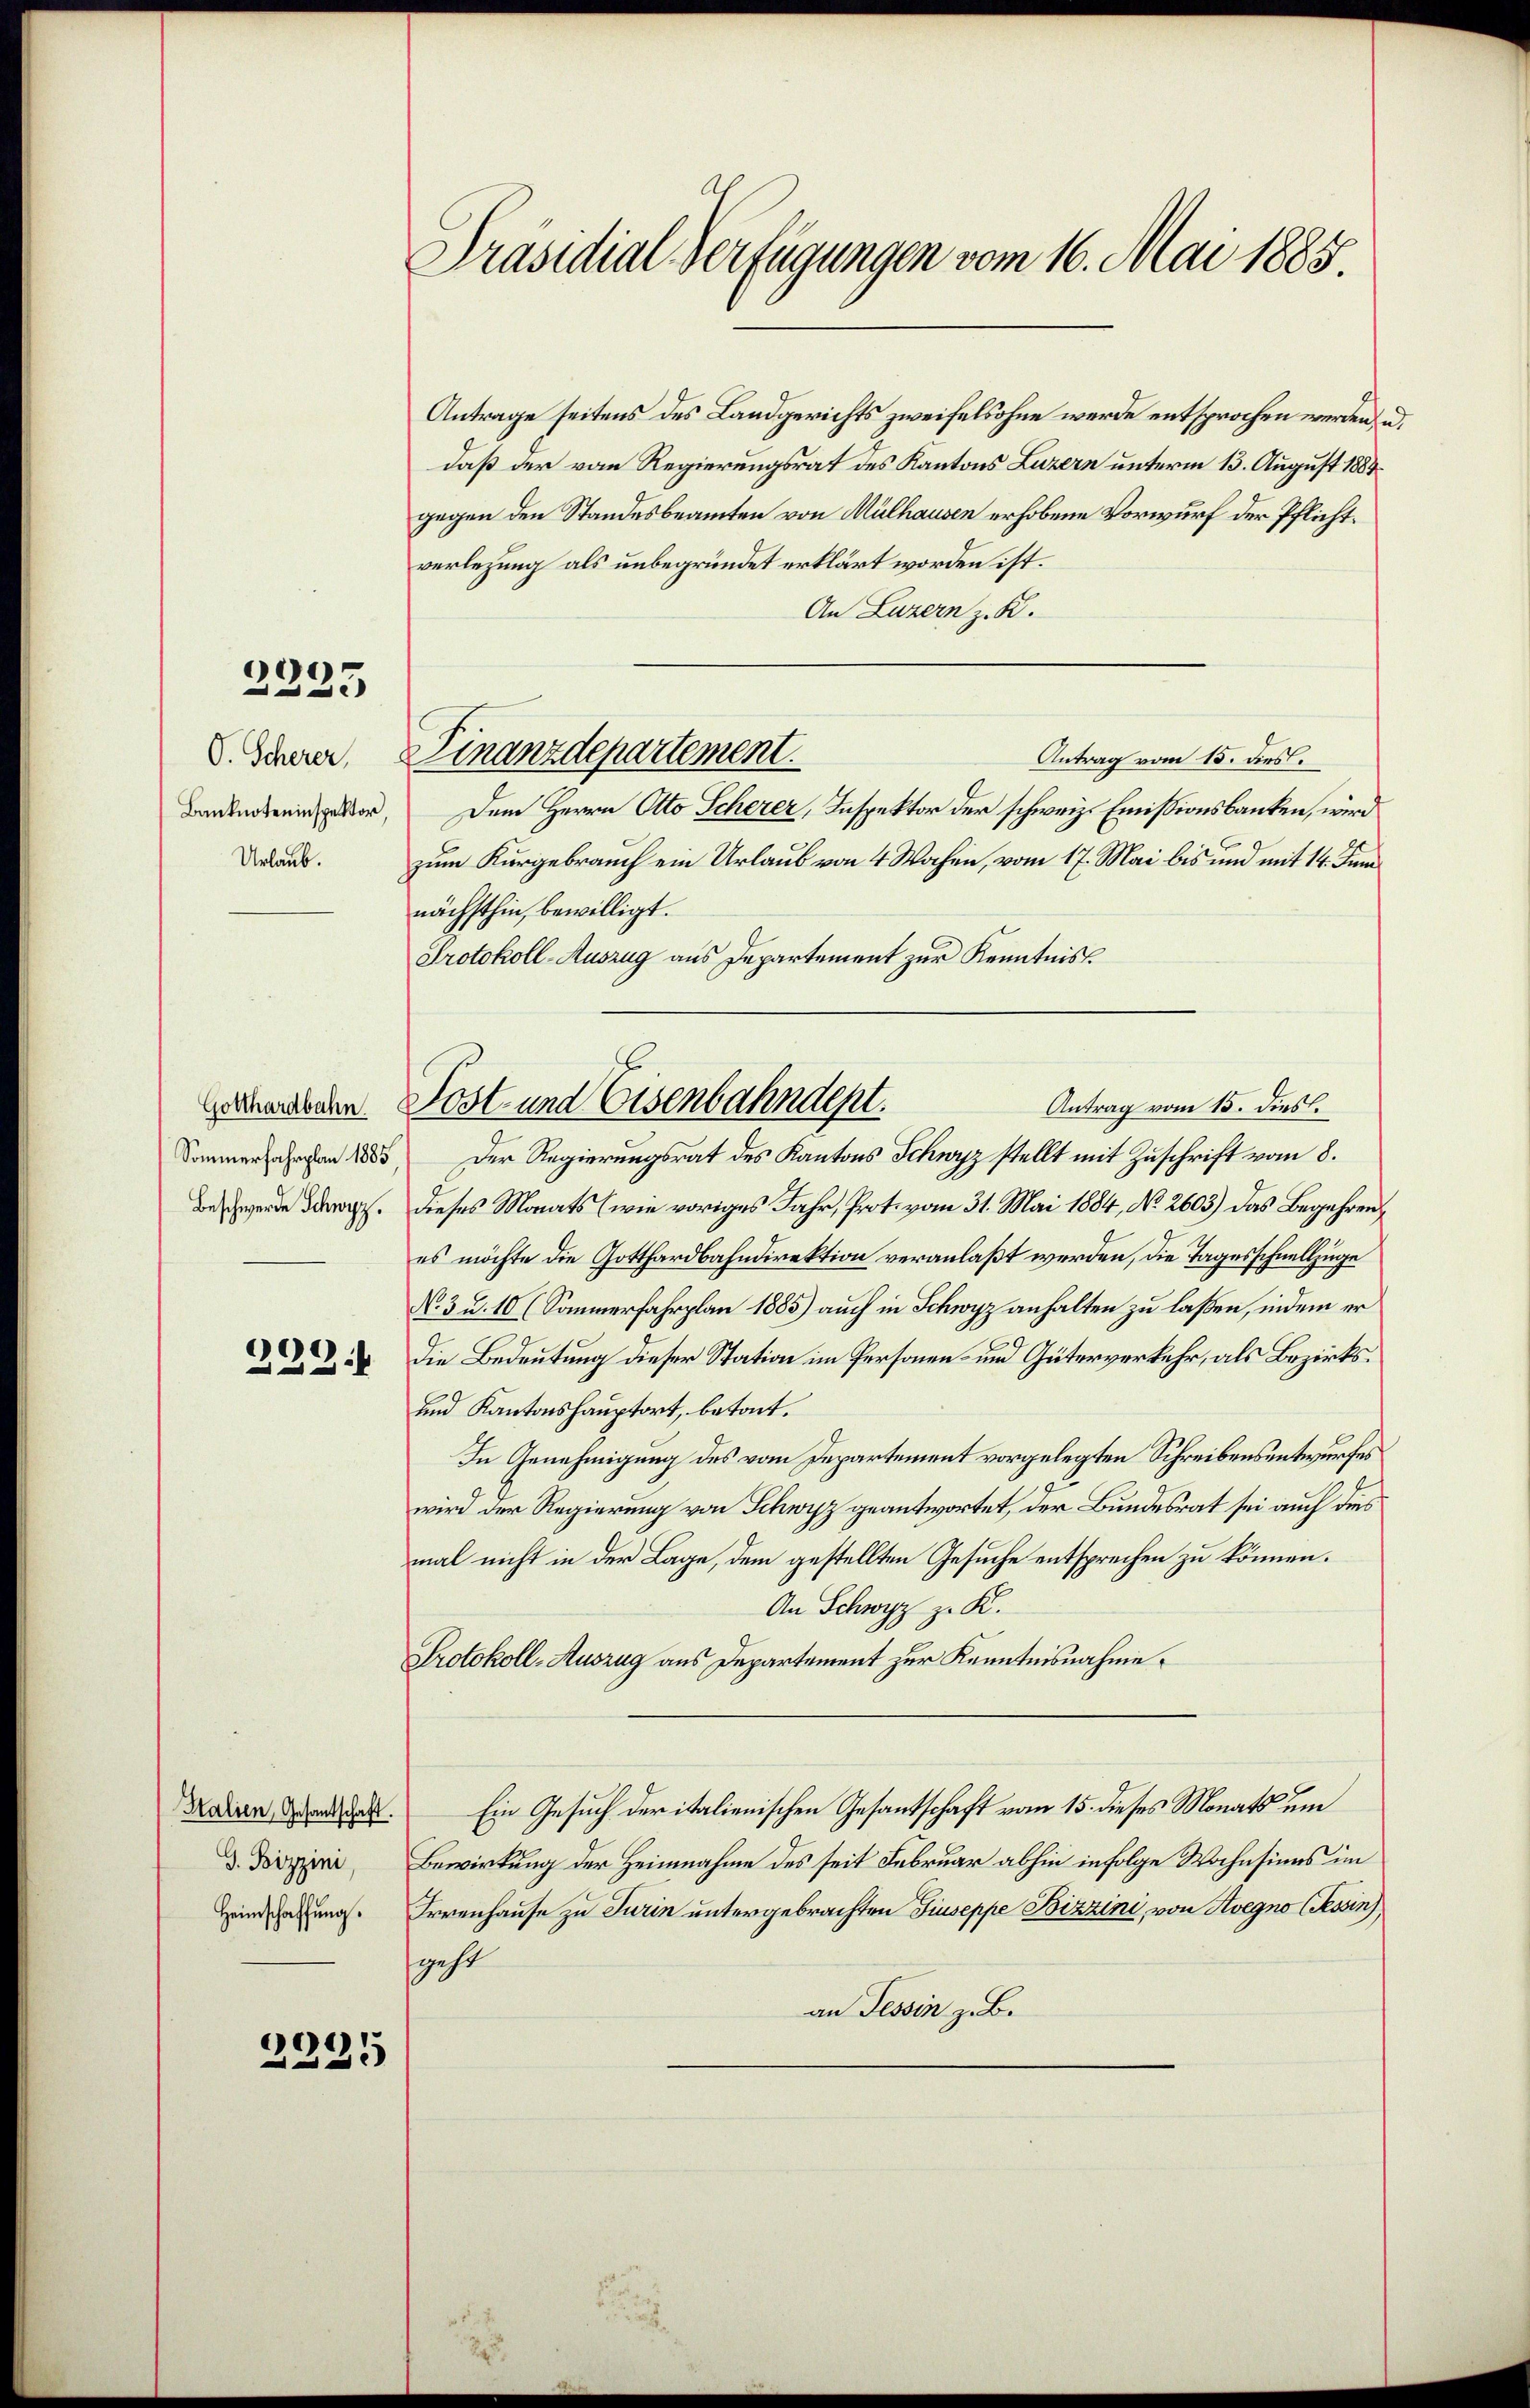
2223

V. Scherer
Banknoteninspektor,
Urlaub.

Sommerfahrplan 1885
Beschwerde Schwyz.

.

Halien, Gesantschaft.
G. Bizzini,
Heimschaffung.

2235

Präsidial-Verfügungen vom 16. Mai 1885.

Antrage seitens des Landgerichts zweifelsohne werde entsprochen werden.
daß der vom Regierungsrat des Kantons Luzern unterm 13. August 1884
gegen den Standesbeamten von Mülhausen erhobene Vorwurf der Pflichtverlegung als unbegründet erklärt worden ist.
An Luzern z. B.
Antrag vom 15. dies.
Dem Herrn Otto Scherer, Inspektor der schweiz. Emissionsbanken, wird
zum Kurgebrauch ein Urlaub von 4 Wochen, vom 17. Mai bis und mit 14. Juni
nächsthin, bewilligt.
Protokoll-Auszug aus Departement zur Kenntniss
Antrag vom 15. dies.
Der Regierungsrat des Kantons Schwyz stellt mit Zuschrift vom 8.
dieses Monats (wie voriges Jahr, Prot. vom 31. Mai 1884, No. 2603) das Begehren,
es möchte die Gotthardbahndirektion veranlaßt werden, die Tagesschnellzüge
No 3 u. 10 (Sommerfahrplan 1885) auch in Schwyz anhalten zu laßen, indem er
die Bedeutung dieser Station im Personen- und Güterverkehr, als Bezirks¬
und Kantonshauptort, betont.
In Genehmigung des vom Departement vorgelegten Schreibensentwurfes
wird der Regierung von Schwyz geantwortet, der Bundesrat sei auch dies
mal nicht in der Lage, dem gestellten Gesuche entsprechen zu können.
An Schwyz z. K.
Protokoll-Auszug aus Departement zur Kenntnisnahme.
Ein Gesuch der italienischen Gesantschaft vom 15. dieses Monats um
Bewirkung der Heimnahme des seit Februar abhin infolge Wahnsinns im
Irrenhause zu Turin untergebrachten Giuseppe Bizzini, von Avegno (Tessin),
geht
an Tessin z. B.

Finanzdepartement.

Geschwalden Post- und Eisenbahndent.